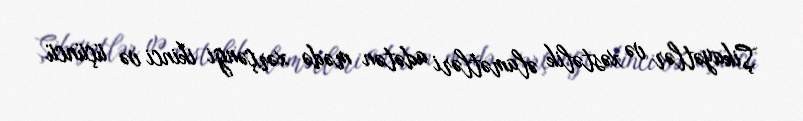
Şikayətlər və xəstəlik əlamətləri adətən mədə xərçəngi ikinci və üçüncü